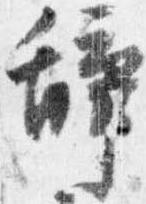
辞